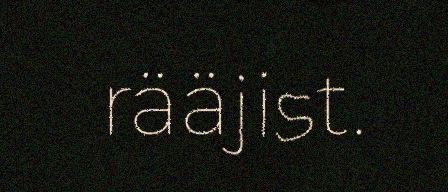
rääjist.